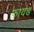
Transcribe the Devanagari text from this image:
फायड